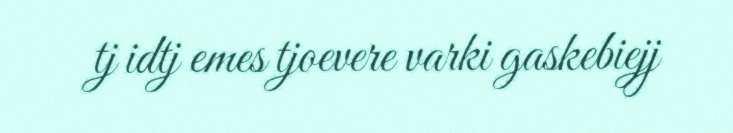
tj idtj emes tjoevere varki gaskebiejj